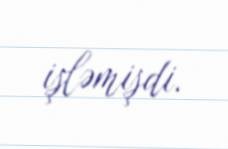
işləmişdi.